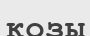
козы